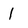
Character: l